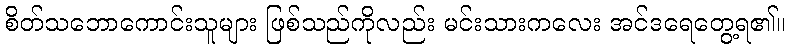
စိတ်သဘောကောင်းသူများ ဖြစ်သည်ကိုလည်း မင်းသားကလေး အင်ဒရေတွေ့ရ၏။